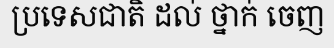
ប្រទេសជាតិ ដល់ ថ្នាក់ ចេញ